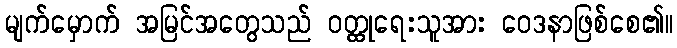
မျက်မှောက် အမြင်အတွေသည် ဝတ္ထုရေးသူအား ဝေဒနာဖြစ်စေ၏။